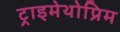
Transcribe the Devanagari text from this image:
ट्राइमेथोप्रिम